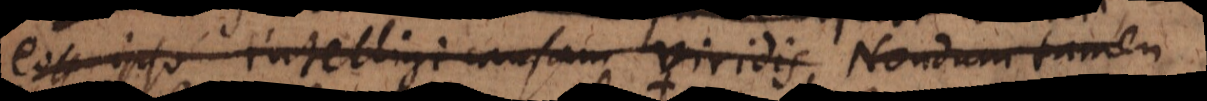
eo ipso intelligi causam viridis. Nondum tamen